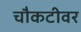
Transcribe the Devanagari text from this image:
चौकटीवर